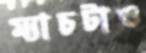
ম্যাচটাও